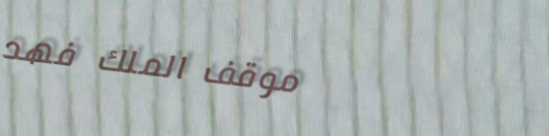
موقف الملك فهد